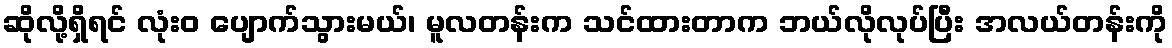
ဆိုလို့ရှိရင် လုံးဝ ပျောက်သွားမယ်၊ မူလတန်းက သင်ထားတာက ဘယ်လိုလုပ်ပြီး အလယ်တန်းကို